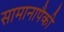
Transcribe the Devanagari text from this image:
सामानापैकी